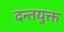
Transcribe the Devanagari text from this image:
दन्तयुक्त